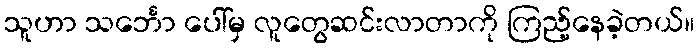
သူဟာ သင်္ဘော ပေါ်မှ လူတွေဆင်းလာတာကို ကြည့်နေခဲ့တယ်။